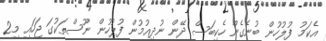
އެކަމު ފުލުހުން ބުނެގެން ހެކިބަސް ދޭން ނުދިއުމުން ފުލުހުން ނޫސްތަކުގަ ޖަހައި މި2